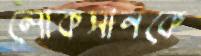
লোকসানকে